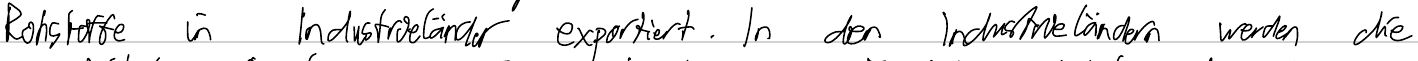
Rohstoffe in Industrieländer exportiert. In den Industrieländern werden die